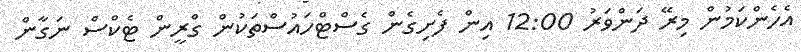
އެހެންކަމުން މިރޭ ދަންވަރު 12:00 އިން ފެށިގެން ގެސްޓްހައުސްތަކުން ގްރީން ޓެކްސް ނަގާން